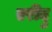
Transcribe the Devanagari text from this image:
एरीदु